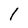
Character: 1